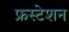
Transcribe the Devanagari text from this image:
फ्रस्टेशन